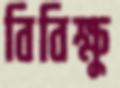
বিবিক্ষু